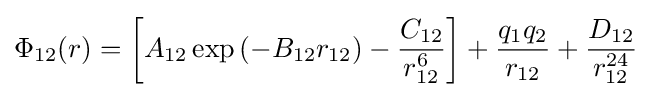
\Phi _{12}(r)=\left[A_{12}\exp \left(-B_{12}r_{12}\right)-{\frac {C_{12}}{r_{12}^{6}}}\right]+{\frac {q_{1}q_{2}}{r_{12}}}+{\frac {D_{12}}{r_{12}^{24}}}